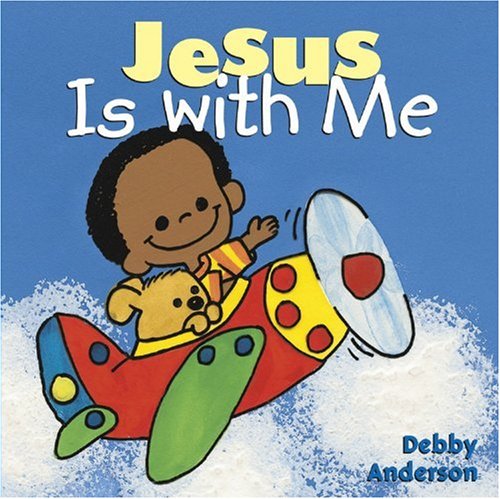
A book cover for Jesus is With Me (Cuddle And Sing Series); Children's Books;